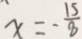
x = - \frac { 1 5 } { 8 }